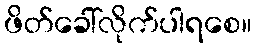
ဖိတ်ခေါ်လိုက်ပါရစေ။